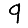
Digit: 9